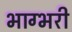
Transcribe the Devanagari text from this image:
भाग्भरी